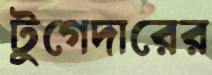
টুগেদারের